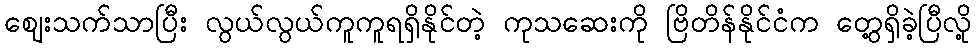
ဈေးသက်သာပြီး လွယ်လွယ်ကူကူရရှိနိုင်တဲ့ ကုသဆေးကို ဗြိတိန်နိုင်ငံက တွေ့ရှိခဲ့ပြီလို့